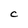
Character: C